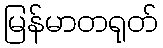
မြန်မာတရုတ်